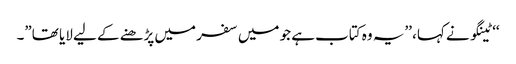
‘‘ ٹینگو نے کہا، ’’یہ وہ کتاب ہے جو میں سفر میں پڑھنے کے لیے لایا تھا”۔